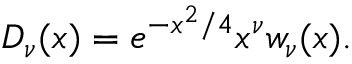
D _ { \nu } ( x ) = e ^ { - x ^ { 2 } / 4 } x ^ { \nu } w _ { \nu } ( x ) .